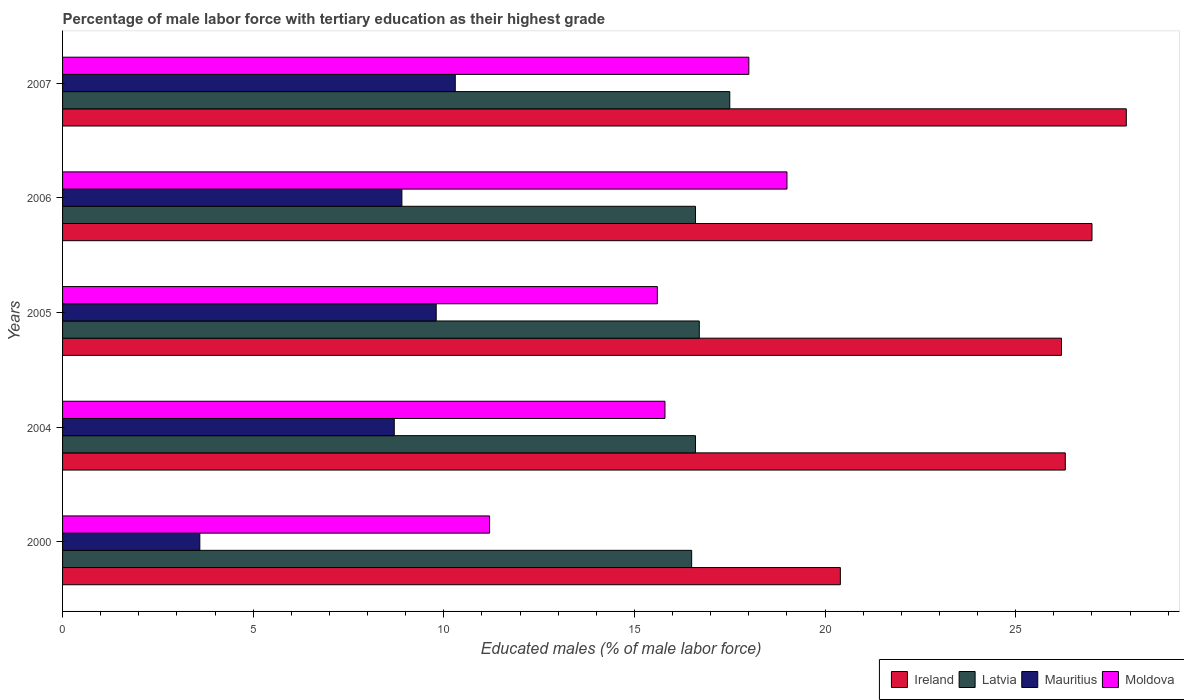
| Years | Ireland | Latvia | Mauritius | Moldova |
 | --- | --- | --- | --- | --- |
 | 2000 | 20.4 | 16.5 | 3.6 | 11.2 |
 | 2004 | 26.3 | 16.6 | 8.7 | 15.8 |
 | 2005 | 26.2 | 16.7 | 9.8 | 15.6 |
 | 2006 | 27 | 16.6 | 8.9 | 19 |
 | 2007 | 27.9 | 17.5 | 10.3 | 18 |